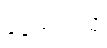
ခေါင်းထဲသို့